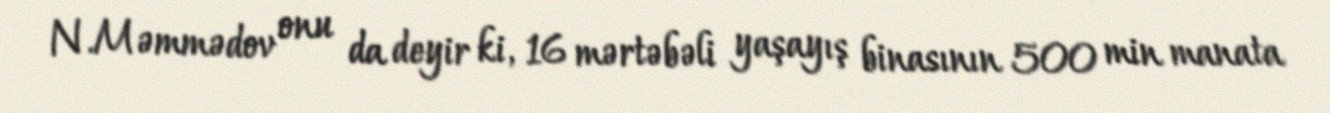
N.Məmmədov onu da deyir ki, 16 mərtəbəli yaşayış binasının 500 min manata